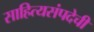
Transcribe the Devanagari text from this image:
साहित्यसंपदेची